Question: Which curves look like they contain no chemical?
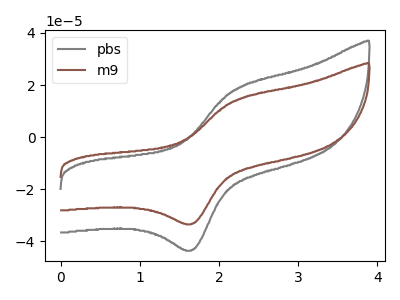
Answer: <think>The gray curve "pbs" has an anodic peak at (2.20V, 17.95uA) and a cathodic peak at (1.65V, -43.35uA). The brown curve "m9" has an anodic peak at (2.20V, 13.80uA) and a cathodic peak at (1.65V, -33.30uA).</think>
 <answer>There are not any CV's on this graph that are likely to be blanks.</answer>
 <eval>none</eval>